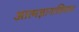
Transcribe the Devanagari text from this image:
आत्मज्ञानाशिवाय